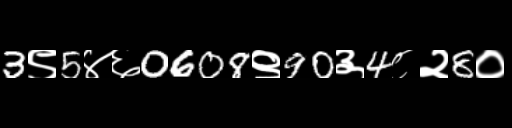
Text: 3९5४६0608९90३4८२8०